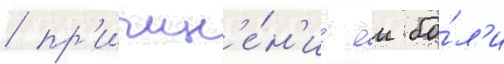
/ пр'ичин'е́н'ие еи бо́л'и